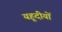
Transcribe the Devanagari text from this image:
यहूदीयों